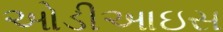
ઓડીઆઇસ